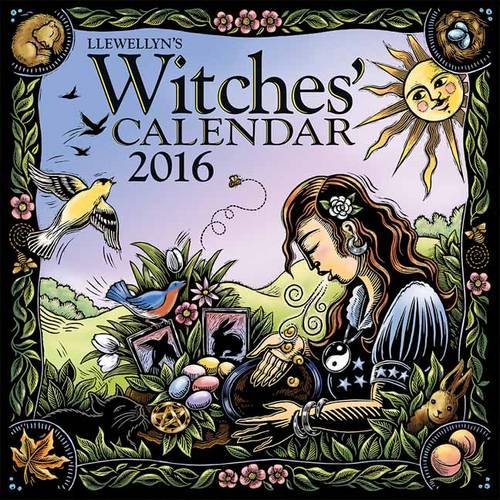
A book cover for Llewellyn's 2016 Witches' Calendar; Barbara Ardinger; Calendars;